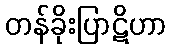
တန်ခိုးပြာဋိဟာ